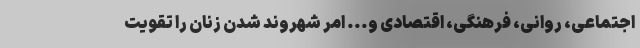
اجتماعی، روانی، فرهنگی، اقتصادی و... امر شهروند شدن زنان را تقویت